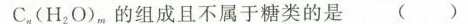
C_{n}(H_{2}O)_{m}，的组成且不属于糖类的是( )